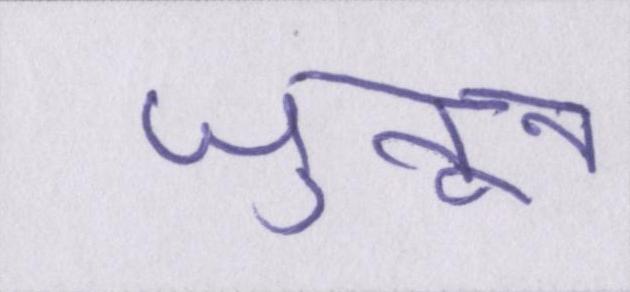
जुनून